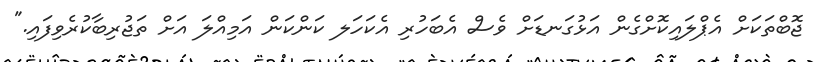
ޖޮބްތަކަށް އެޕްލައިކޮށްގެން އަޅުގަނޑަށް ވެސް އެބަހުރި އެކަހަލ ކަންކަން އަމިއްލަ އަށް ތަޖުރިބާކުރެވިފައި."